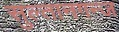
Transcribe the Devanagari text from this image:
सुल्तानगन्ज